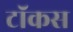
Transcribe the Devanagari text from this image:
टॉकस